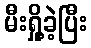
မီးရှို့ခဲ့ပြီး